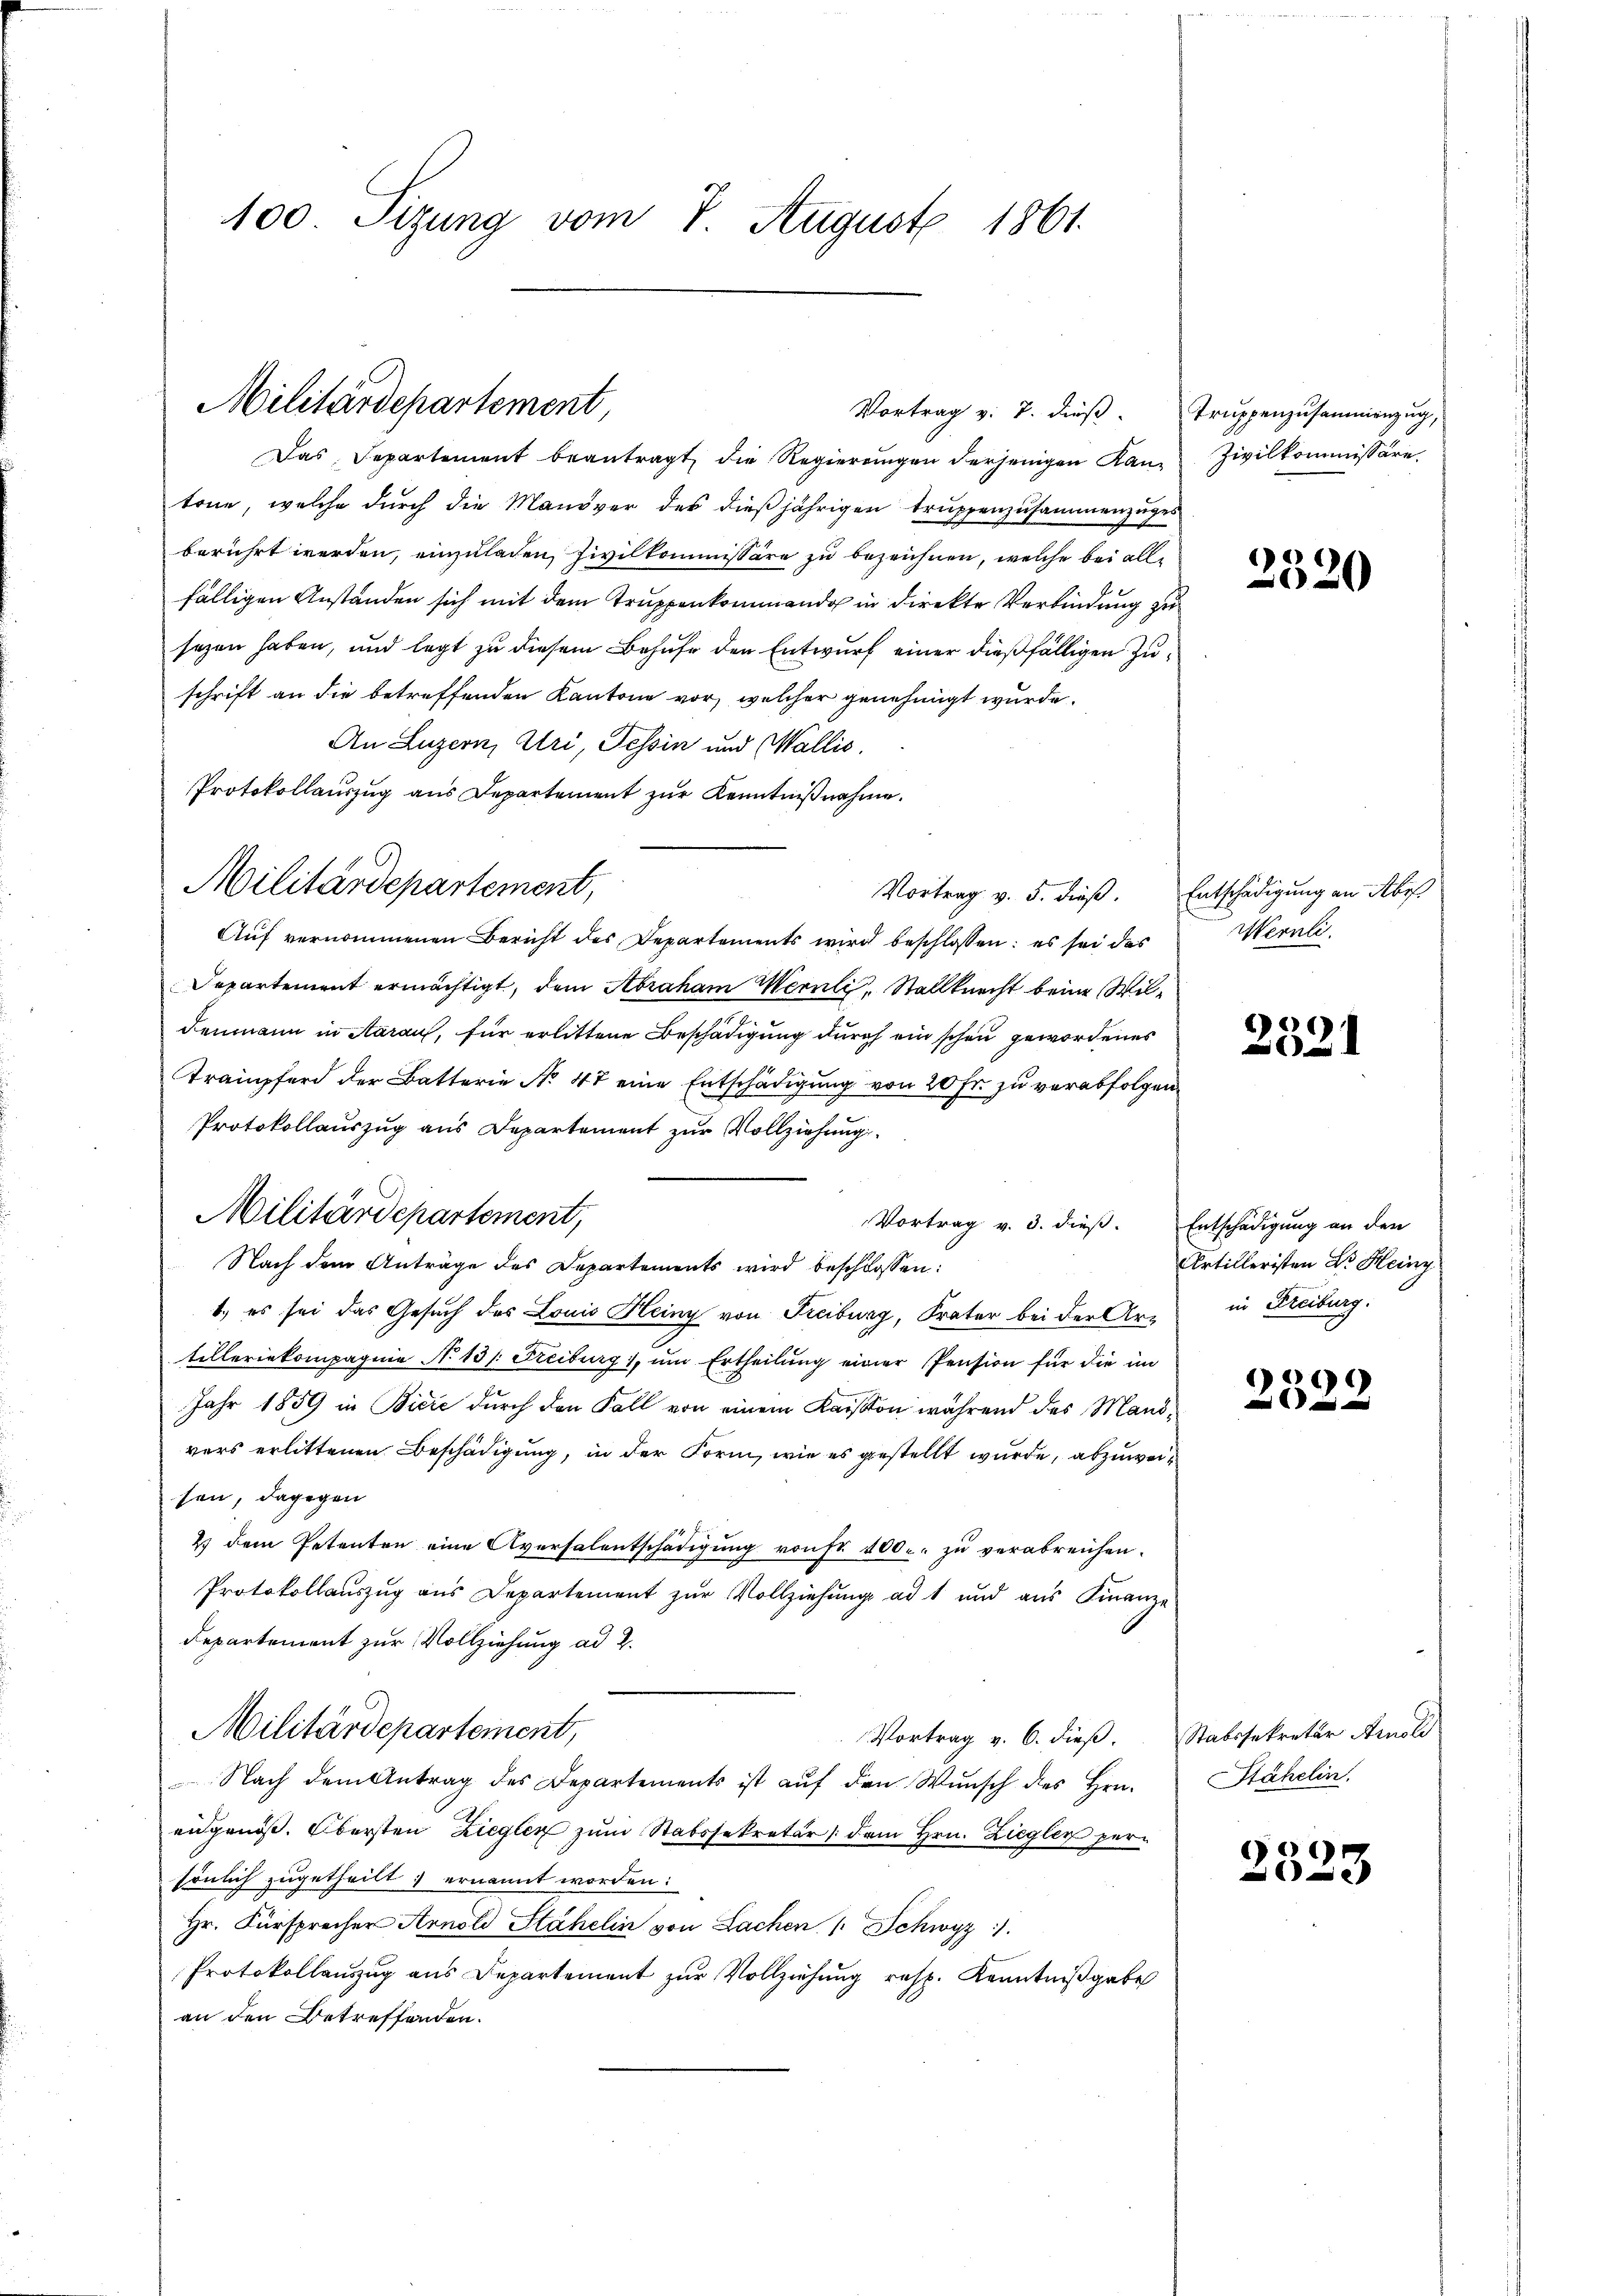
100 Sizung vom 7. August 1861.

Das Separtement beantragt die Regierŭngen derjenigen Kan Zivilkommissäre
tone, welche durch die Manöver des dießjährigen Truppenzusammenzuges
berührt werden, einzuladen Civilkommissäre zu bezeichnen, welche bei allf
fälligen Anstanden sich mit dem Truppenkommend in direkte Verbindung zu
sezen haben, und legt zu diesem Behufe den Entwurf einer dießfälligen Zuschrift an die betreffenden Kantone vor, welcher genehmigt wurde.
An Luzern, Uri, Tessin und Wallis.
Protokollauszug aus Departement zur Kenntnißnahme.
Auf vernommenen Bericht des Departements wird beschlossen: es sei das
Departement ermächtigt, dem Abraham Wernli, Stallknecht beim Wildenmann in Aaraus, für erlittene Beschädigung durch ein schon gewordenes
Trampferd der Batterie No 47 eine Entschädigung von 20 Fr. zu verabfolgen
Protokollauszug aus Departement zur Vollziehung
Militärdepartement,
Vortrag v. 3. dieß. Entschädigung an den
Nach dem Anträge des Departements wird beschlossen:
1.) es sei das Gesuch des Louis Heinz von Freiburg, Frater bei der Artilleriekompagnie No 13. Freiburg, um Ertheilung einer Pension für die im
Jahr 1859 in Bičić durch den Fall von einem Kaison während des Mandvers erlittenen Beschädigung, in der Form, wie es gestellt wurde, abzuweisen, dagegen
2) dem Petenten eine Aversalentschädigŭng von fr. 400. zu verabreichen.
Protokollauszug aus Departement zur Vollziehung ad 1 und aus Finanze
Departement zur Vollziehung ad 2.
Militärdepartement,
Vortrag v. 6. dieβ. Statssekretär Arnold
 Nach dem Antrag des Departements ist auf den Wunsch des Hrn.
eidgenöß. Obersten Ziegler zum Stabssekretär dem Hrn. Ziegler persönlich zugetheilt & ernannt worden:
Hr. Fürsprecher Arnold Stähelin von Lachen 1 Schwyz).
Protokollauszug aus Departement zur Vollziehung resp. Kenntnißgabe
an den Betreffenden.

Militärdepartement,

Militärdepartement,

Vortrag v. 7. dieß. Truppenzusammenzug,

Vortrag v. 5. dieß. Entschädigung an Abr

2320

Wernli.

2521

Artilleristen Dr. Heinz
in Freiburg.

)
e

Stähelin.

9
e